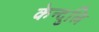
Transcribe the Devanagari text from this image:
केन्दुलि